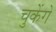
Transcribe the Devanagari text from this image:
चुकेंगे